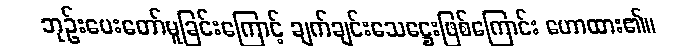
ဘုဉ်းပေးတော်မူခြင်းကြောင့် ချက်ချင်းသေဋ္ဌေးဖြစ်ကြောင်း ဟောထား၏။